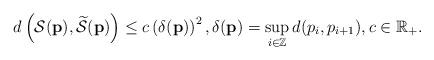
LaTeX: \begin{align*} d \left( \mathcal{S}(\mathbf{p}),\widetilde{ \mathcal{S}}(\mathbf{p}) \right) \le c \left( \delta(\mathbf{p}) \right)^2 , \delta(\mathbf{p}) = \sup_{i \in \mathbb{Z}} d(p_i,p_{i+1}) , c \in \mathbb{R}_+ .\end{align*}